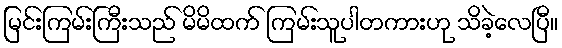
မြင်းကြမ်းကြီးသည် မိမိထက် ကြမ်းသူပါတကားဟု သိခဲ့လေပြီ။